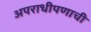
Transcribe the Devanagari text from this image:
अपराधीपणाची